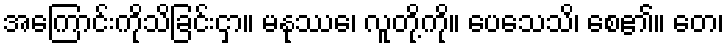
အကြောင်းကိုသိခြင်းငှာ။ မနုဿေ၊ လူတို့ကို။ ပေသေသိ၊ စေ၏။ တေ၊